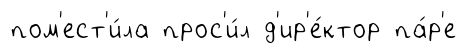
пом'ест'и́ла прос'и́л д'ир'е́ктор па́р'е